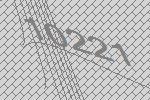
10221